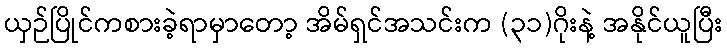
ယှဉ်ပြိုင်ကစားခဲ့ရာမှာတော့ အိမ်ရှင်အသင်းက (၃၁)ဂိုးနဲ့ အနိုင်ယူပြီး